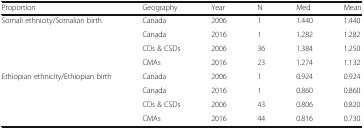
<table><thead><tr><td><b>Proportion</b></td><td><b>Geography</b></td><td><b>Year</b></td><td><b>N</b></td><td><b>Med</b></td><td><b>Mean</b></td></tr></thead><tbody><tr><td rowspan="4">Somali ethnicity/Somalian birth</td><td>Canada</td><td>2006</td><td>1</td><td>1.440</td><td>1.440</td></tr><tr><td>Canada</td><td>2016</td><td>1</td><td>1.282</td><td>1.282</td></tr><tr><td>CDs &amp; CSDs</td><td>2006</td><td>36</td><td>1.384</td><td>1.250</td></tr><tr><td>CMAs</td><td>2016</td><td>23</td><td>1.274</td><td>1.132</td></tr><tr><td rowspan="4">Ethiopian ethnicity/Ethiopian birth</td><td>Canada</td><td>2006</td><td>1</td><td>0.924</td><td>0.924</td></tr><tr><td>Canada</td><td>2016</td><td>1</td><td>0.860</td><td>0.860</td></tr><tr><td>CDs &amp; CSDs</td><td>2006</td><td>43</td><td>0.806</td><td>0.820</td></tr><tr><td>CMAs</td><td>2016</td><td>44</td><td>0.816</td><td>0.730</td></tr></tbody></table>